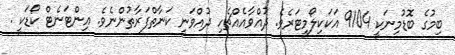
ބިމުގެ ބޮޑުމިނަކީ 9104 އަކަކިލޯމީޓަރެވެ. ދުއްވާއެއްޗެހި ދުއްވަނީ ކަނާތްފަރާތުންނެވެ. އިންޓަނެޓް ކޯޑަކީ .